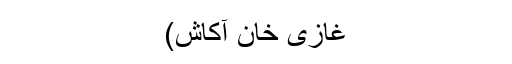
غازی خان آکاش)